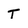
Character: T